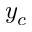
y _ { c }